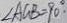
\angle A G B = 9 0 ^ { \circ } .